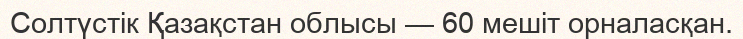
Солтүстік Қазақстан облысы — 60 мешіт орналасқан.